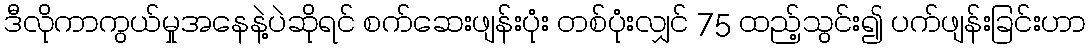
ဒီလိုကာကွယ်မှုအနေနဲ့ပဲဆိုရင် စက်ဆေးဖျန်းပုံး တစ်ပုံးလျှင် 75 ထည့်သွင်း၍ ပက်ဖျန်းခြင်းဟာ